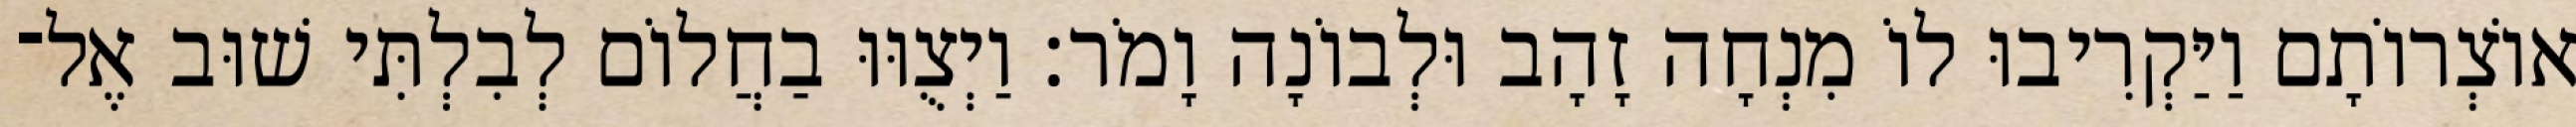
אוֹצְרוֹתָם וַיַּקְרִיבוּ לוֹ מִנְחָה זָהָב וּלְבוֹנָה וָמֹר׃ וַיְצֻוּוּ בַחֲלוֹם לְבִלְתִּי שׁוּב אֶל־